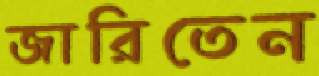
জারিতেন